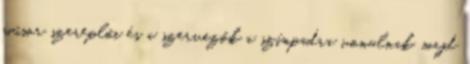
műsor szereplői és a szervezők a színpadra vonulnak, majd